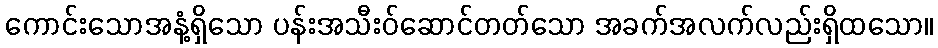
ကောင်းသောအနံ့ရှိသော ပန်းအသီးဝ်ဆောင်တတ်သော အခက်အလက်လည်းရှိထသော။